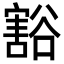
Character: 豁